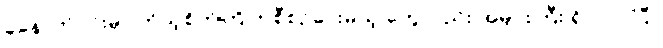
ခုနောက်ပိုင်းမှာ ကိုယ့်စိတ်ကြိုက်စီစဉ်ပေးမယ့် တွေလည်း အများကြီး ရှိလာပါပြီ။